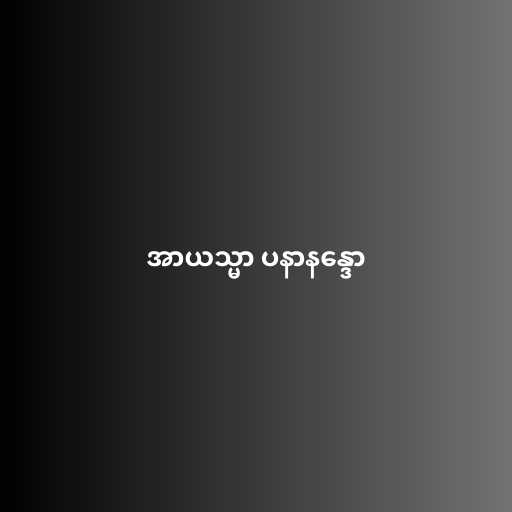
အာယသ္မာ ပနာနန္ဒော